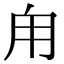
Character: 甪